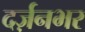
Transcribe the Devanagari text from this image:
दर्ज़नभर